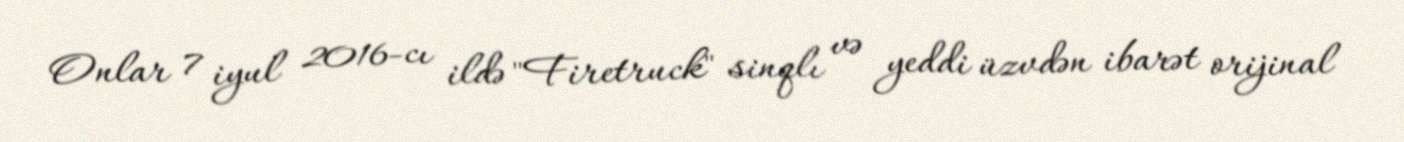
Onlar 7 iyul 2016-cı ildə "Firetruck" sinqlı və yeddi üzvdən ibarət orijinal